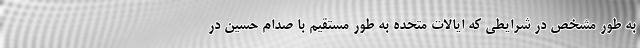
به طور مشخص در شرایطی که ایالات متحده به طور مستقیم با صدام حسین در